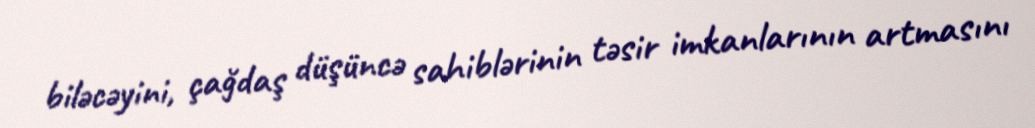
biləcəyini, çağdaş düşüncə sahiblərinin təsir imkanlarının artmasını